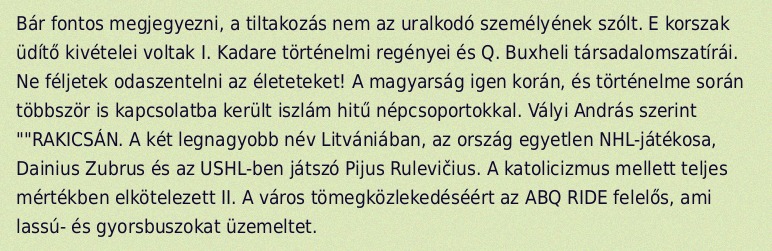
Bár fontos megjegyezni, a tiltakozás nem az uralkodó személyének szólt. E korszak üdítő kivételei voltak I. Kadare történelmi regényei és Q. Buxheli társadalomszatírái. Ne féljetek odaszentelni az életeteket! A magyarság igen korán, és történelme során többször is kapcsolatba került iszlám hitű népcsoportokkal. Vályi András szerint ""RAKICSÁN. A két legnagyobb név Litvániában, az ország egyetlen NHL-játékosa, Dainius Zubrus és az USHL-ben játszó Pijus Rulevičius. A katolicizmus mellett teljes mértékben elkötelezett II. A város tömegközlekedéséért az ABQ RIDE felelős, ami lassú- és gyorsbuszokat üzemeltet.